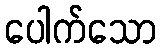
ပေါက်သော